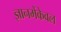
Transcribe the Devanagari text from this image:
ज्ञानमेंकेवल